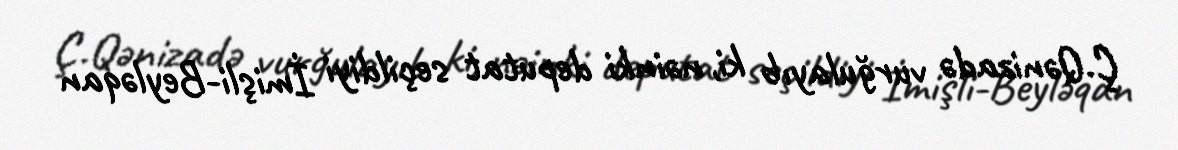
Ç.Qənizadə vurğulayıb ki, nəinki deputat seçildiyi İmişli-Beyləqan